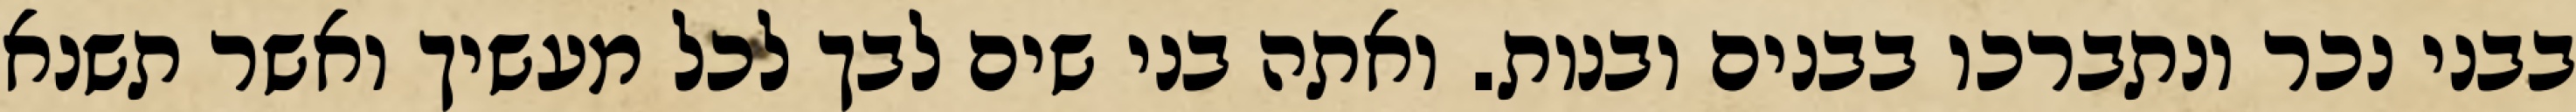
בבני נכר ונתברכו בבנים ובנות. ואתה בני שים לבך לכל מעשיך ואשר תשנא